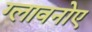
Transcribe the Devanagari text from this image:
ग्लावनोए